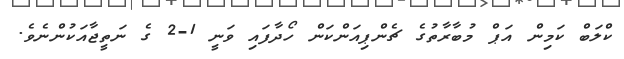
ކްލަބް ކަމިން އަޕް މުބާރާތުގެ ޗެންޕިއަންކަން ހޯދާފައި ވަނީ 1-2 ގެ ނަތީޖާއަކުންނެވެ.